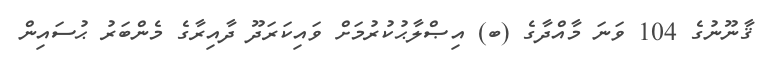
ޤާނޫނުގެ 104 ވަނަ މާއްދާގެ (ބ) އިޞްލާޙުކުރުމަށް ވައިކަރަދޫ ދާއިރާގެ މެންބަރު ޙުސައިން